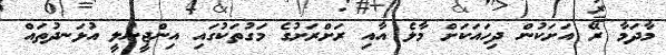
މާދަމާ ރޭ އަށަކުން ދިހައަކަށް މާލެ އާއި ރަށްރަށުގެ މަގުތަކުގައި އިންޖީނުލީ އުޅަނދުތައް